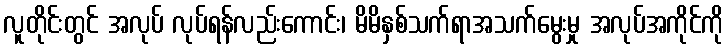
လူတိုင်းတွင် အလုပ် လုပ်ရန်လည်းကောင်း၊ မိမိနှစ်သက်ရာအသက်မွေးမှု အလုပ်အကိုင်ကို